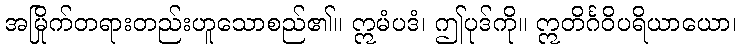
အမြိုက်တရားတည်းဟူသောစည်၏။ ဣမံပဒံ၊ ဤပုဒ်ကို။ ဣတိင်္ဂဝိပရိယာယော၊